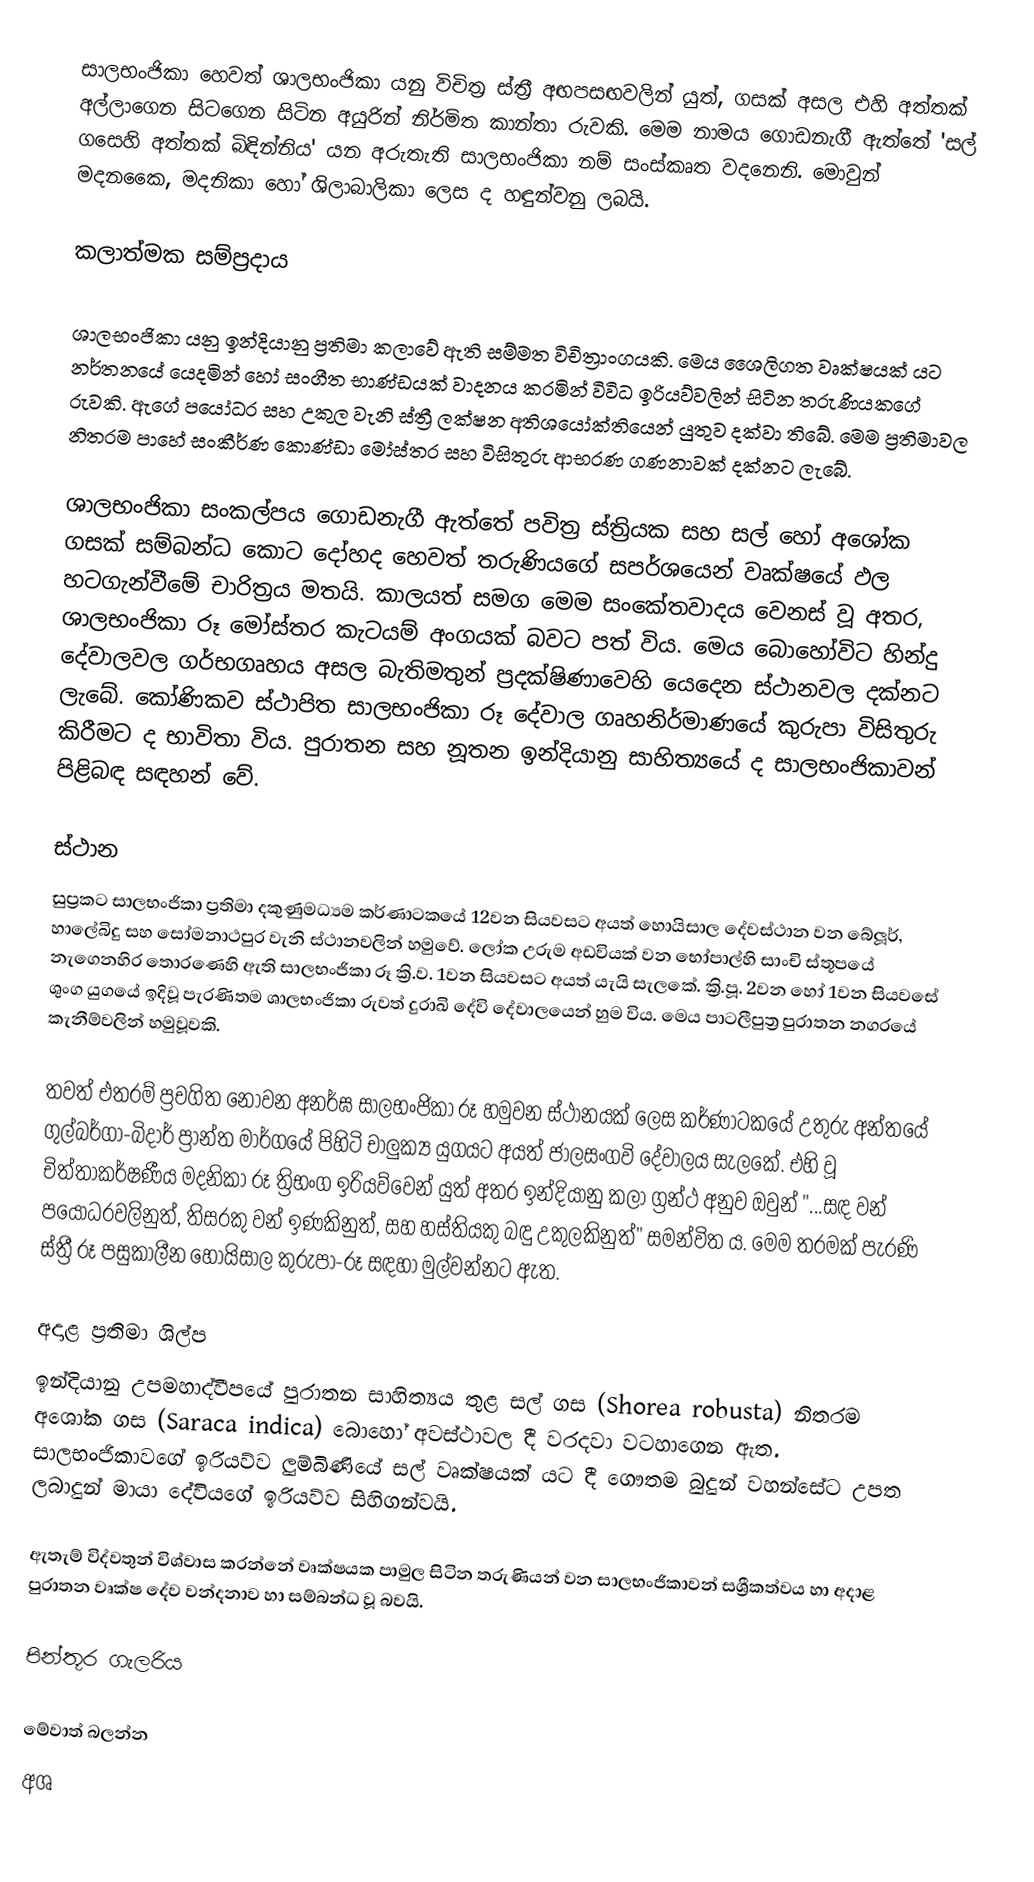
සාලභංජිකා හෙවත් ශාලභංජිකා යනු විචිත්‍ර ස්ත්‍රී අඟපසඟවලින් යුත්, ගසක් අසල එහි අත්තක් අල්ලාගෙන සිටගෙන සිටින අයුරින් නිර්මිත කාන්තා රුවකි. මෙම නාමය ගොඩනැගී ඇත්තේ 'සල් ගසෙහි අත්තක් බිඳින්නිය' යන අරුතැති සාලභංජිකා නම් සංස්කෘත වදනෙනි. මොවුන් මදනකෛ, මදනිකා හෝ ශිලාබාලිකා ලෙස ද හඳුන්වනු ලබයි.

කලාත්මක සම්ප්‍රදාය

ශාලභංජිකා යනු ඉන්දියානු ප්‍රතිමා කලාවේ ඇති සම්මත විචිත්‍රාංගයකි. මෙය ශෛලිගත වෘක්ෂයක් යට නර්තනයේ යෙදමින් හෝ සංගීත භාණ්ඩයක් වාදනය කරමින් විවිධ ඉරියව්වලින් සිටින තරුණියකගේ රුවකි. ඇගේ පයෝධර සහ උකුල වැනි ස්ත්‍රී ලක්ෂන අති‍ශයෝක්තියෙන් යුතුව දක්වා තිබේ. මෙම ප්‍රතිමාවල නිතරම පාහේ සංකීර්ණ කොණ්ඩා මෝස්තර සහ විසිතුරු ආභරණ ගණනාවක් දක්නට ලැ‍බේ.

ශාලභංජිකා සංකල්පය ගොඩනැගී ඇත්තේ පවිත්‍ර ස්ත්‍රියක සහ සල් හෝ අශෝක ගසක් සම්බන්ධ කොට දෝහද හෙවත් තරුණියගේ සපර්ශයෙන් වෘක්ෂයේ ඵල හටගැන්වීමේ චාරිත්‍රය මතයි. කාලයත් සමග මෙම ‍සංකේතවාදය වෙනස් වූ අතර, ශාලභංජිකා රූ මෝස්තර කැටයම් අංගයක් බවට පත් විය. මෙය බොහෝවිට හින්දු දේවාලවල ගර්භගෘහය අසල බැතිමතුන් ප්‍රදක්ෂිණාවෙහි යෙදෙන ස්ථානවල දක්නට ලැබේ. කෝණිකව ස්ථාපිත සාලභංජිකා රූ දේවාල ගෘහනිර්මාණයේ කුරුපා විසිතුරු කිරීමට ද භාවිතා විය. පුරාතන සහ නූතන ඉන්දියානු සාහිත්‍යයේ ද සාලභංජිකාවන් පිළිබඳ සඳහන් වේ.

ස්ථාන
සුප්‍රකට සාලභංජිකා ප්‍රතිමා දකුණුමධ්‍යම කර්ණාටකයේ 12වන සියවසට අයත් හොයිසාල දේවස්ථාන වන බේලූර්, හාලේබිදු සහ සෝමනාථපුර වැනි ස්ථානවලින් හමුවේ. ලෝක උරුම අඩවියක් වන භෝපාල්හි සාංචි ස්තූපයේ නැගෙනහිර තොරණෙහි ඇති සාලභංජිකා රූ ක්‍රි.ව. 1වන සියවසට අයත් යැයි සැලකේ. ක්‍රි.පූ. 2වන හෝ 1වන සියවසේ ශුංග යුගයේ ඉදිවූ පැරණිතම ශාලභංජිකා රුවත් දුරාඛි දේවි දේවාලයෙන් හුම විය. මෙය පාටලීපුත්‍ර පුරාතන නගරයේ කැනීම්වලින් හමුවූවකි.

තවත් එතරම් ප්‍රචගිත නොවන අනර්ඝ සාලභංජිකා රූ හමුවන ස්ථානයක් ලෙස කර්ණාටකයේ උතුරු අන්තයේ ගුල්බර්ගා-බිදාර් ප්‍රාන්ත මාර්ගයේ පිහිටි චාලුක්‍ය යුගයට අයත් ජාලසංගවි දේවාලය සැලකේ. එහි වූ චිත්තාකර්ෂණීය මදනිකා රූ ත්‍රිභංග ඉරියව්වෙන් යුත් අතර ඉන්දියානු කලා ග්‍රන්ථ අනුව ඔවුන් "...සඳ වන් ප‍යෝධරවලිනුත්, තිසරකු වන් ඉණකිනුත්, සහ හස්තියකු බඳු උකුලකිනුත්" සමන්විත ය. මෙම තරමක් පැරණි ස්ත්‍රී රූ පසුකාලීන හොයිසාල කුරුපා-රූ සඳහා මුල්වන්නට ඇත.

අදාළ ප්‍රතිමා ශිල්ප
ඉන්දියානු උපමහාද්වීපයේ පුරාතන සාහිත්‍යය තුළ සල් ගස (Shorea robusta) නිතරම අශෝක ගස (Saraca indica) බොහෝ අවස්ථාවල දී වරදවා වටහාගෙන ඇත. සාලභංජිකාවගේ ඉරියව්ව ලුම්බිණියේ සල් වෘක්ෂයක් යට දී ගෞතම බුදුන් වහන්සේට උපත ලබාදුන් මායා දේවියගේ ඉරියව්ව සිහිගන්වයි.

ඇතැම් විද්වතුන් විශ්වාස කරන්නේ වෘක්ෂයක පාමුල සිටින තරුණියන් වන සාලභංජිකාවන් සශ්‍රීකත්වය හා අදාළ පුරාතන වෘක්ෂ දේව වන්දනාව හා සම්බන්ධ වූ බවයි.

පින්තූර ගැලරිය

මේවාත් බලන්න
අශ